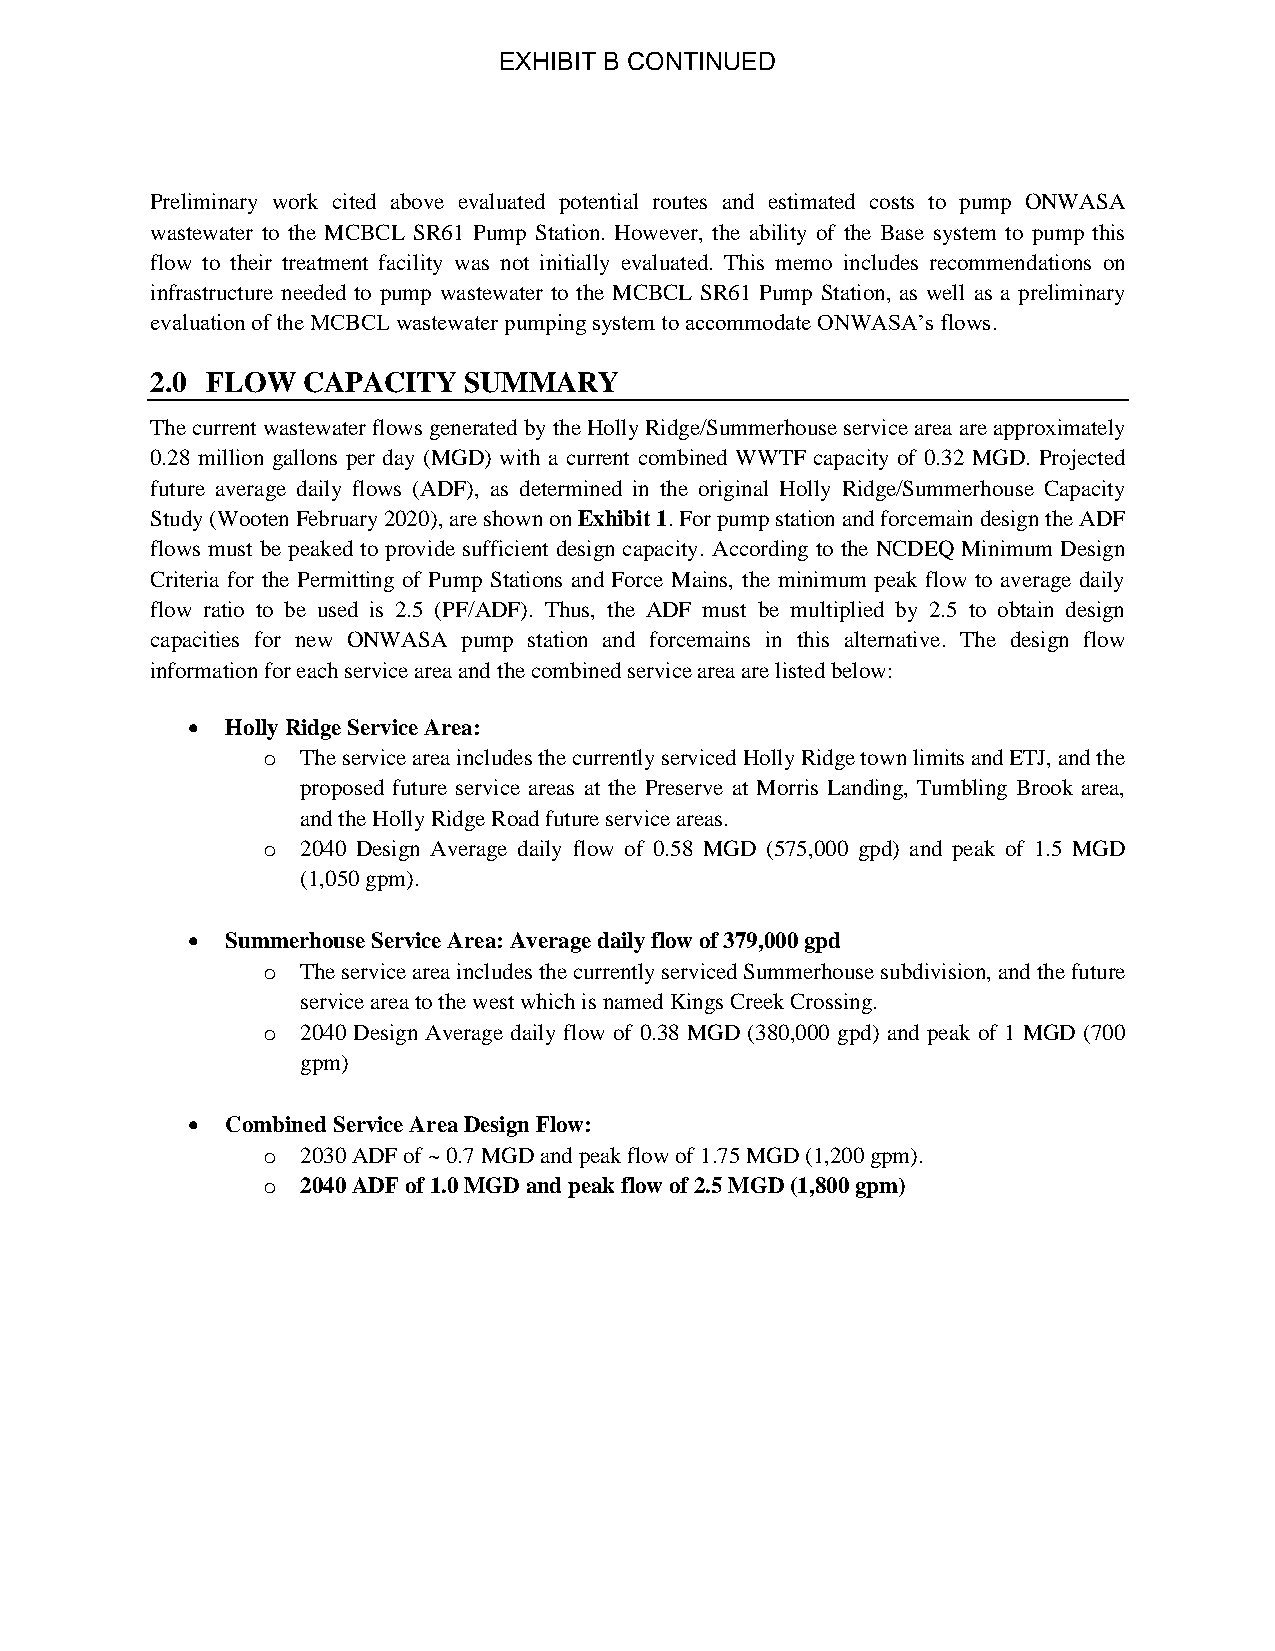
EXHIBIT B CONTINUED
 Preliminary work cited above evaluated potential routes and estimated costs to pump ONWASA
 wastewater to the MCBCL SR61 Pump Station. However, the ability of the Base system to pump this
 flow to their treatment facility was not initially evaluated. This memo includes recommendations on
 infrastructure needed to pump wastewater to the MCBCL SR61 Pump Station, as well as a preliminary
 evaluation of the MCBCL wastewater pumping system to accommodate ONWASA’s flows.
 2.0 FLOW  CAPACITY   SUMMARY
 The current wastewater flows generated by the Holly Ridge/Summerhouse service area are approximately
 0.28 million gallons per day (MGD) with a current combined WWTF capacity of 0.32 MGD. Projected
 future average daily flows (ADF), as determined in the original Holly Ridge/Summerhouse Capacity
 Study (Wooten February 2020), are shown on Exhibit 1. For pump station and forcemain design the ADF
 flows must be peaked to provide sufficient design capacity. According to the NCDEQ Minimum Design
 Criteria for the Permitting of Pump Stations and Force Mains, the minimum peak flow to average daily
 flow ratio to be used is 2.5 (PF/ADF). Thus, the ADF must be multiplied by 2.5 to obtain design
 capacities for new ONWASA pump station and forcemains in this alternative. The design flow
 information for each service area and the combined service area are listed below:
 •  Holly Ridge Service Area:
 o  The service area includes the currently serviced Holly Ridge town limits and ETJ, and the
 proposed future service areas at the Preserve at Morris Landing, Tumbling Brook area,
 and the Holly Ridge Road future service areas.
 o  2040 Design Average daily flow of 0.58 MGD (575,000 gpd) and peak of 1.5 MGD
 (1,050 gpm).
 •  Summerhouse Service Area: Average daily flow of 379,000 gpd
 o  The service area includes the currently serviced Summerhouse subdivision, and the future
 service area to the west which is named Kings Creek Crossing.
 o  2040 Design Average daily flow of 0.38 MGD (380,000 gpd) and peak of 1 MGD (700
 gpm)
 •  Combined Service Area Design Flow:
 o  2030 ADF of ~ 0.7 MGD and peak flow of 1.75 MGD (1,200 gpm).
 o  2040 ADF of 1.0 MGD and peak flow of 2.5 MGD (1,800 gpm)